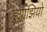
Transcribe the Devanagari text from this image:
इग्नाझियो